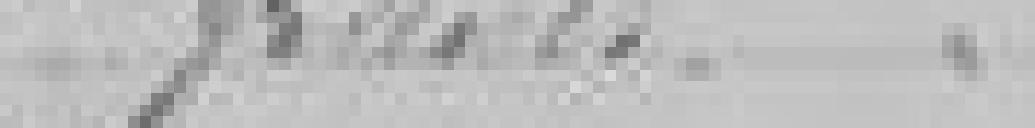
francs.